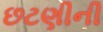
છટણીની